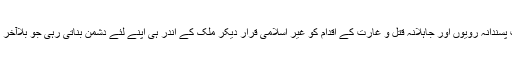
اس لئے وہ کھل کر قدامت پسندانہ رویوں اور جاہلانہ قتل و غارت کے اقدام کو غیر اسلامی قرار دیکر ملک کے اندر ہی اپنے لئے دشمن بناتی رہی جو بلاآخر ان کی شہادت پر منتج ہوا۔